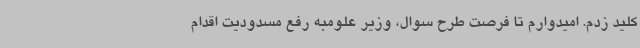
کلید زدم. امیدوارم تا فرصت طرح سوال، وزیر علومبه رفع مسدودیت اقدام